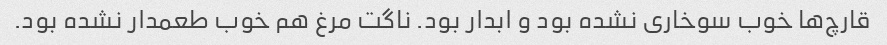
قارچ‌ها خوب سوخاری نشده بود و ابدار بود. ناگت مرغ هم خوب طعمدار نشده بود.